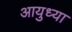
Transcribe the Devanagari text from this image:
आयुध्या